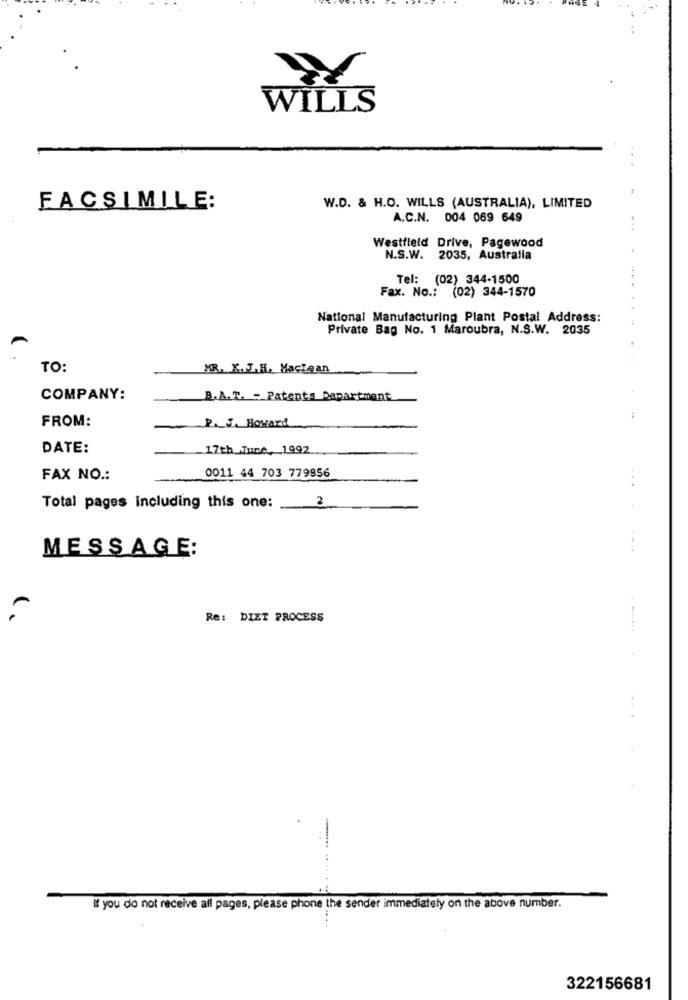
WILLS
FACSIMILE:
W.D. & H.O. WILLS (AUSTRALIA), LIMITED
A.C.N. 004 069 649
Westfield Drive, Pagewood
N.S.W. 2035, Australia
Tel: (02) 344-1500
Fax. No .: (02) 344-1570
National Manufacturing Plant Postal Address:
Private Bag No. 1 Maroubra, N.S.W. 2035
TO:
MR. K. J.H. Maclean
COMPANY:
B.A.T. - Patents Department
FROM:
P. J. Howard
DATE:
17th June, 1992
FAX NO .:
0011 44 703 779856
2
Total pages including this one:
MESSAGE:
Re: DIET PROCESS
If you do not receive all pages, please phone the sender immediately on the above number.
322156681